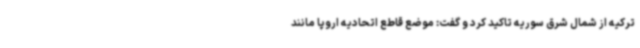
ترکیه از شمال شرق سوریه تاکید کرد و گفت: موضع قاطع اتحادیه اروپا مانند